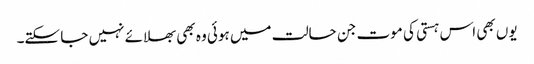
یوں بھی اس ہستی کی موت جن حالت میں ہوئی وہ بھی بھلائے نہیں جا سکتے۔